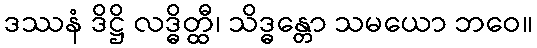
ဒဿနံ ဒိဋ္ဌိ လဒ္ဓိတ္ထီ၊ သိဒ္ဓန္တော သမယော ဘဝေ။